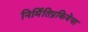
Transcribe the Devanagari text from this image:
निर्मितिप्रकियेचा